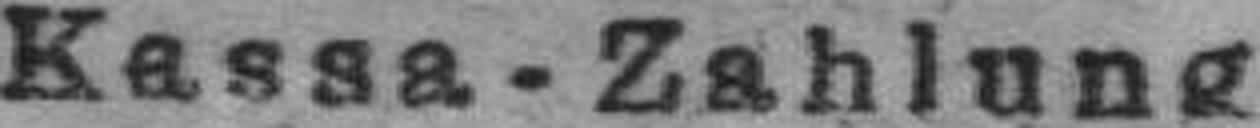
Kassa - Zahlung